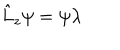
\hat { L } _ { z } \psi = \psi \lambda